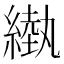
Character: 𦄌